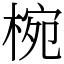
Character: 椀